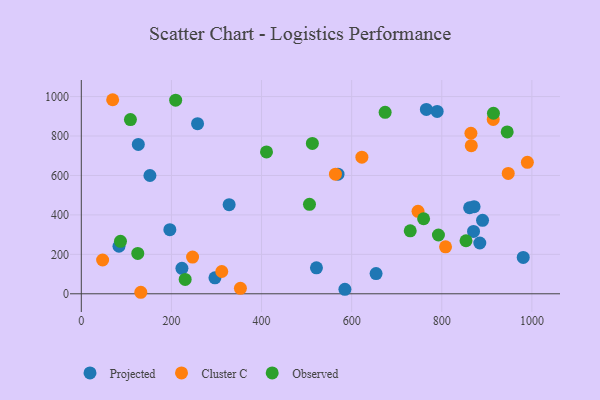
{"axis": {"x": "Price", "y": "Sales"}, "legend": ["Cluster C", "Observed", "Projected"], "data": [{"x": "296.6", "y": 80.8, "type": "Projected"}, {"x": "884.4", "y": 257.6, "type": "Projected"}, {"x": "789.8", "y": 924.7, "type": "Projected"}, {"x": "765.8", "y": 934.7, "type": "Projected"}, {"x": "870.5", "y": 316.2, "type": "Projected"}, {"x": "861.8", "y": 436.3, "type": "Projected"}, {"x": "258.0", "y": 862.5, "type": "Projected"}, {"x": "521.9", "y": 131.7, "type": "Projected"}, {"x": "196.5", "y": 325.1, "type": "Projected"}, {"x": "585.0", "y": 22.8, "type": "Projected"}, {"x": "83.6", "y": 241.0, "type": "Projected"}, {"x": "223.3", "y": 129.0, "type": "Projected"}, {"x": "871.7", "y": 441.8, "type": "Projected"}, {"x": "890.5", "y": 372.4, "type": "Projected"}, {"x": "126.5", "y": 757.4, "type": "Projected"}, {"x": "152.3", "y": 599.9, "type": "Projected"}, {"x": "569.7", "y": 606.4, "type": "Projected"}, {"x": "980.8", "y": 184.4, "type": "Projected"}, {"x": "328.1", "y": 452.0, "type": "Projected"}, {"x": "654.2", "y": 102.5, "type": "Projected"}, {"x": "564.0", "y": 606.7, "type": "Cluster C"}, {"x": "69.6", "y": 984.0, "type": "Cluster C"}, {"x": "947.5", "y": 610.2, "type": "Cluster C"}, {"x": "47.3", "y": 171.4, "type": "Cluster C"}, {"x": "311.7", "y": 113.1, "type": "Cluster C"}, {"x": "990.0", "y": 666.5, "type": "Cluster C"}, {"x": "747.3", "y": 418.2, "type": "Cluster C"}, {"x": "865.5", "y": 750.8, "type": "Cluster C"}, {"x": "622.7", "y": 692.7, "type": "Cluster C"}, {"x": "808.4", "y": 238.1, "type": "Cluster C"}, {"x": "353.1", "y": 27.7, "type": "Cluster C"}, {"x": "914.2", "y": 884.3, "type": "Cluster C"}, {"x": "246.9", "y": 186.1, "type": "Cluster C"}, {"x": "864.7", "y": 814.0, "type": "Cluster C"}, {"x": "132.0", "y": 7.7, "type": "Cluster C"}, {"x": "945.2", "y": 820.6, "type": "Observed"}, {"x": "411.0", "y": 719.5, "type": "Observed"}, {"x": "86.9", "y": 266.2, "type": "Observed"}, {"x": "125.3", "y": 204.5, "type": "Observed"}, {"x": "109.0", "y": 883.2, "type": "Observed"}, {"x": "512.8", "y": 762.3, "type": "Observed"}, {"x": "674.3", "y": 920.0, "type": "Observed"}, {"x": "730.0", "y": 319.2, "type": "Observed"}, {"x": "506.4", "y": 453.7, "type": "Observed"}, {"x": "853.8", "y": 268.9, "type": "Observed"}, {"x": "792.6", "y": 298.1, "type": "Observed"}, {"x": "209.4", "y": 981.7, "type": "Observed"}, {"x": "230.5", "y": 72.9, "type": "Observed"}, {"x": "914.7", "y": 915.5, "type": "Observed"}, {"x": "759.7", "y": 380.4, "type": "Observed"}]}